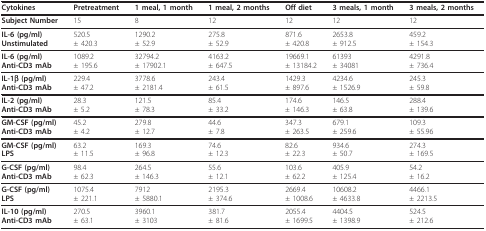
<table><thead><tr><td><b>Cytokines</b></td><td><b>Pretreatment</b></td><td><b>1 meal, 1 month</b></td><td><b>1 meal, 2 months</b></td><td><b>Off diet</b></td><td><b>3 meals, 1 month</b></td><td><b>3 meals, 2 months</b></td></tr></thead><tbody><tr><td><b>Subject Number</b></td><td>15</td><td>8</td><td>12</td><td>12</td><td>12</td><td>12</td></tr><tr><td><b>IL-6 (pg/ml)</b><b>Unstimulated</b></td><td>520.5± 420.3</td><td>1290.2± 52.9</td><td>275.8± 52.9</td><td>871.6± 420.8</td><td>2653.8± 912.5</td><td>459.2± 154.3</td></tr><tr><td><b>IL-6 (pg/ml)</b><b>Anti-CD3 mAb</b></td><td>1089.2± 195.6</td><td>32794.2± 17902.1</td><td>4163.2± 647.5</td><td>19669.1± 13184.2</td><td>61393± 34081</td><td>4291.8± 736.4</td></tr><tr><td><b>IL-1β (pg/ml)</b><b>Anti-CD3 mAb</b></td><td>229.4± 47.2</td><td>3778.6± 2181.4</td><td>243.4± 61.5</td><td>1429.3± 897.6</td><td>4234.6± 1526.9</td><td>245.3± 59.8</td></tr><tr><td><b>IL-2 (pg/ml)</b><b>Anti-CD3 mAb</b></td><td>28.3± 5.2</td><td>121.5± 78.3</td><td>85.4± 33.2</td><td>174.6± 146.3</td><td>146.5± 63.8</td><td>288.4± 139.6</td></tr><tr><td><b>GM-CSF (pg/ml)</b><b>Anti-CD3 mAb</b></td><td>45.2± 4.2</td><td>279.8± 12.7</td><td>44.6± 7.8</td><td>347.3± 263.5</td><td>679.1± 259.6</td><td>109.3± 55.96</td></tr><tr><td><b>GM-CSF (pg/ml)</b><b>LPS</b></td><td>63.2± 11.5</td><td>169.3± 96.8</td><td>74.6± 12.3</td><td>82.6± 22.3</td><td>934.6± 50.7</td><td>274.3± 169.5</td></tr><tr><td><b>G-CSF (pg/ml)</b><b>Anti-CD3 mAb</b></td><td>98.4± 62.3</td><td>264.5± 146.3</td><td>55.6± 12.1</td><td>103.6± 62.2</td><td>405.9± 125.4</td><td>54.2± 16.2</td></tr><tr><td><b>G-CSF (pg/ml)</b><b>LPS</b></td><td>1075.4± 221.1</td><td>7912± 5880.1</td><td>2195.3± 374.6</td><td>2669.4± 1008.6</td><td>10608.2± 4633.8</td><td>4466.1± 2213.5</td></tr><tr><td><b>IL-10 (pg/ml)</b><b>Anti-CD3 mAb</b></td><td>270.5± 63.1</td><td>3960.1± 3103</td><td>381.7± 81.6</td><td>2055.4± 1699.5</td><td>4404.5± 1398.9</td><td>524.5± 212.6</td></tr></tbody></table>